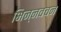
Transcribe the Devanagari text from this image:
भिन्नवचन